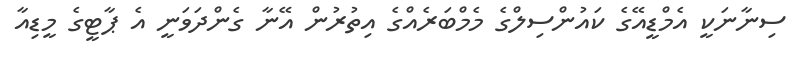
ސިނާނަކީ އެމްޑީއޭގެ ކައުންސިލްގެ މެމްބަރެއްގެ އިތުރުން އޭނާ ގެންދަވަނީ އެ ޕާޓީގެ މީޑިއާ